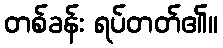
တစ်ခန်း ရပ်တတ်၏။